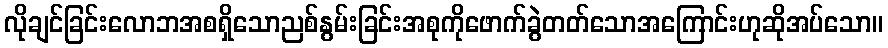
လိုချင်ခြင်းလောဘအစရှိသောညစ်နွမ်းခြင်းအစုကိုဖောက်ခွဲတတ်သောအကြောင်းဟုဆိုအပ်သော။